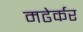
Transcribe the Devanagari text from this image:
मढेर्कर